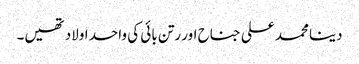
دینا محمد علی جناح اور رتن بائی کی واحد اولاد تھیں۔